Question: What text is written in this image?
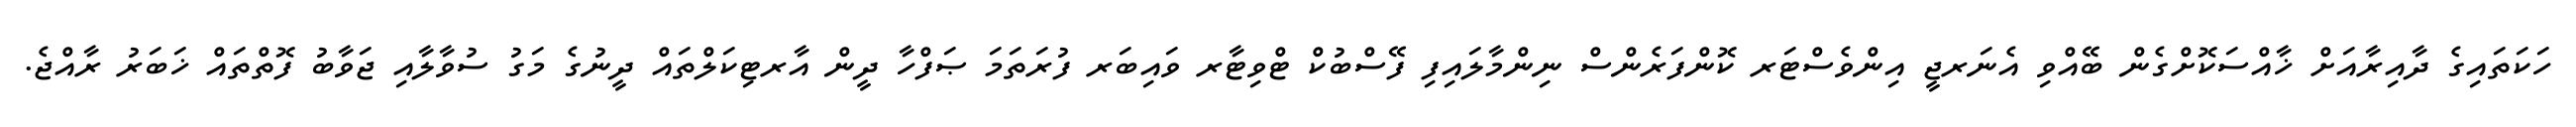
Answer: ހަކަތައިގެ ދާއިރާއަށް ޚާއްސަކޮށްގެން ބޭއްވި އެނަރޖީ އިންވެސްޓަރ ކޮންފަރެންސް ނިންމާލައިފި ފޭސްބުކް ޓްވިޓާރ ވައިބަރ ފުރަތަމަ ޞަފްހާ ދީން އާރޓިކަލްތައް ދީނުގެ މަގު ސުވާލާއި ޖަވާބު ފޮތްތައް ޚަބަރު ރާއްޖެ.